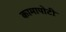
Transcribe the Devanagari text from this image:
कामापोटी